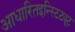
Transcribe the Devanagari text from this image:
आधारितइन्स्टिट्यूट